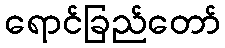
ရောင်ခြည်တော်